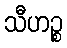
သီဟဉ္စ